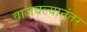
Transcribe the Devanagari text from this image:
वाजवल्यानंतर